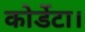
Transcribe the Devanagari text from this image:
कोर्डेटा।